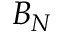
B _ { N }